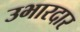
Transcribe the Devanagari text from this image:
उभारदार